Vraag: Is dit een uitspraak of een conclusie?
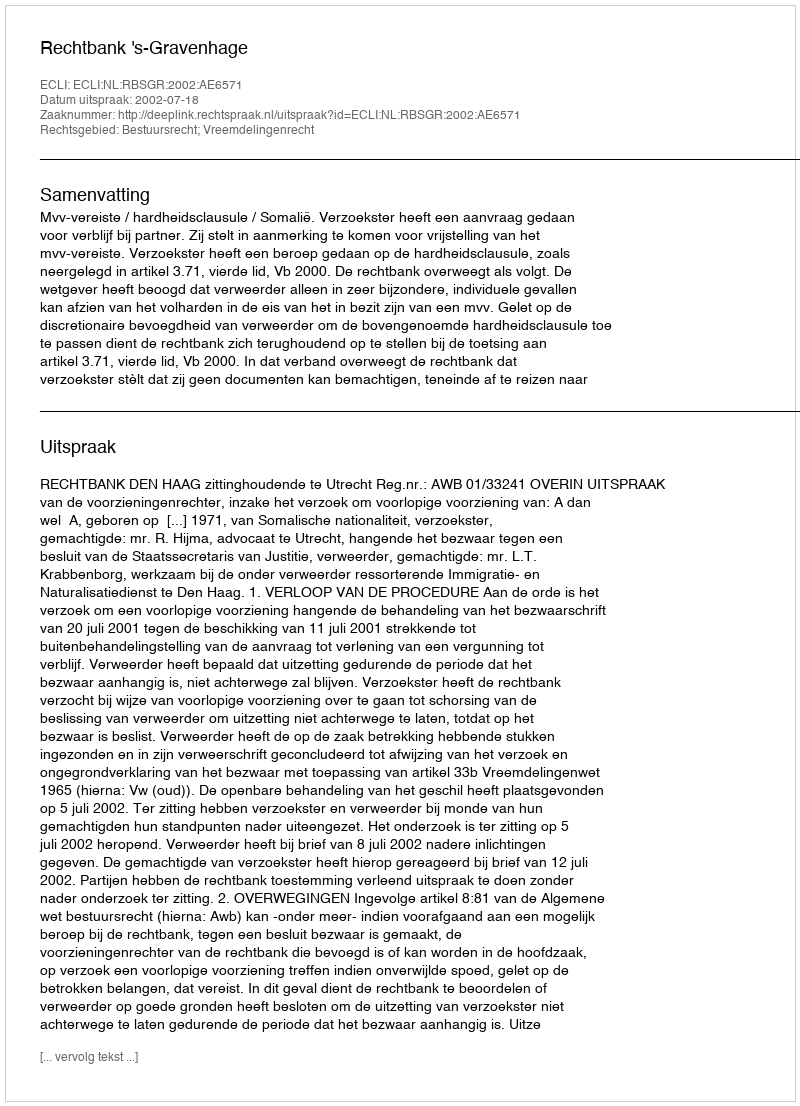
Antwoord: Uitspraak